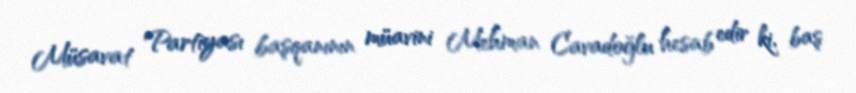
Müsavat Partiyası başqanının müavini Mehman Cavadoğlu hesab edir ki, baş